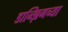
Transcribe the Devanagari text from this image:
डान्झिगच्या